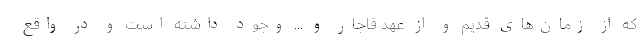
که از زمان‌های قدیم و از عهد قاجار و ... وجود داشته است و در واقع